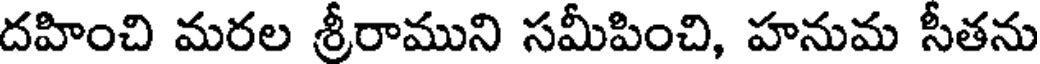
దహించి మరల శ్రీరాముని సమీపించి, హనుమ సీతను